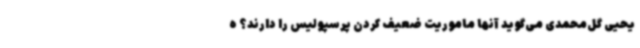
یحیی گل‌محمدی می‌گوید آنها ماموریت ضعیف کردن پرسپولیس را دارند؟ ه